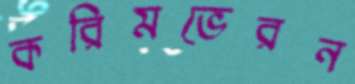
করিমভেরন